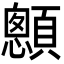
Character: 𩕄